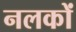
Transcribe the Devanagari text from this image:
नलकों